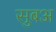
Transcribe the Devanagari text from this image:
सुबअ